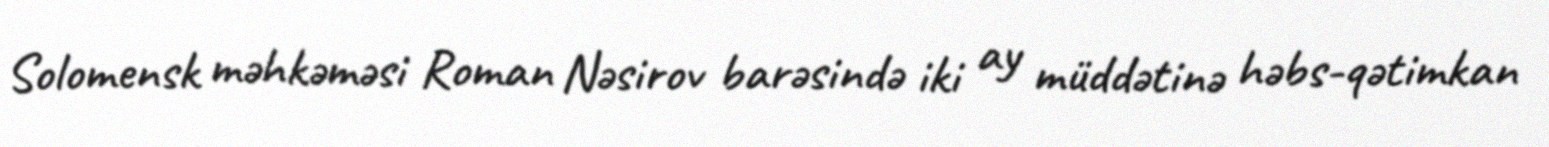
Solomensk məhkəməsi Roman Nəsirov barəsində iki ay müddətinə həbs-qətimkan